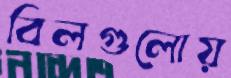
বিলগুলোয়